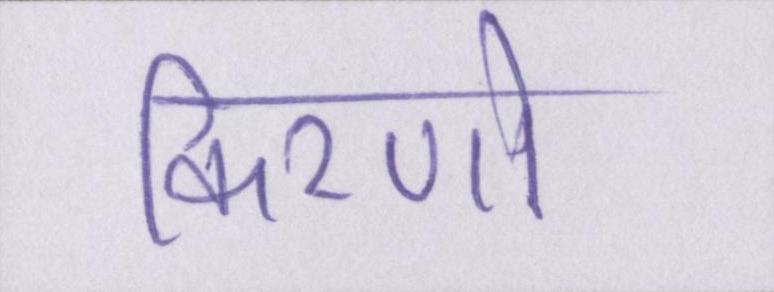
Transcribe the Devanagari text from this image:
किरणो